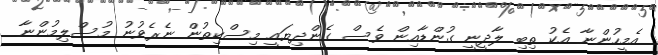
އެމީހުންނާ އެކު ތިބި ލާދީނީ ގުންޑާއިން ވެސް ގެންދިޔައީ މިސްކިތުން ނެރެވުނު މުސްލިމުންނާ